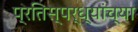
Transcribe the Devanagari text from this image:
प्रतिस्पर्ध्यांच्या